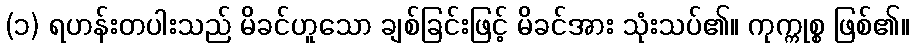
(၁) ရဟန်းတပါးသည် မိခင်ဟူသော ချစ်ခြင်းဖြင့် မိခင်အား သုံးသပ်၏။ ကုက္ကုစ္စ ဖြစ်၏။